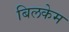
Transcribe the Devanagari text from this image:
बिलकेम